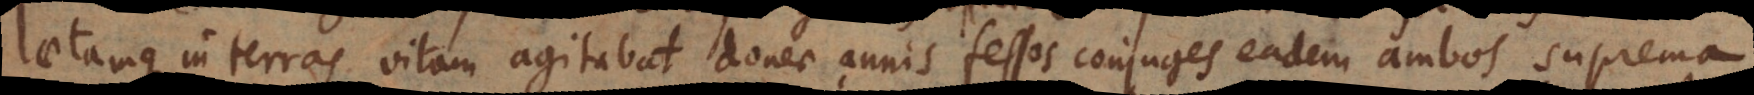
laetamque in terras vitam agitabat, donec annis fessos conjuges eadem ambos suprema